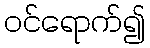
ဝင်ရောက်၍